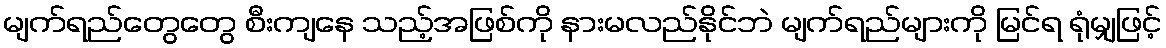
မျက်ရည်တွေတွေ စီးကျနေ သည့်အဖြစ်ကို နားမလည်နိုင်ဘဲ မျက်ရည်များကို မြင်ရ ရုံမျှဖြင့်